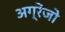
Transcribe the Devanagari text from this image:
अग्रेंजो